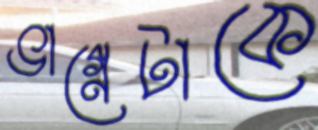
ভাগ্নেটাকে